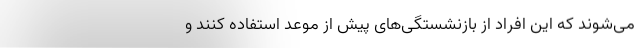
می‌شوند که این افراد از بازنشستگی‌های پیش از موعد استفاده کنند و